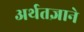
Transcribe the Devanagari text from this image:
अर्थतज्ञाने